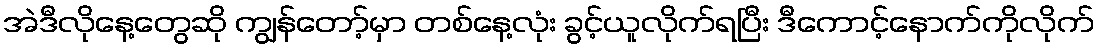
အဲဒီလိုနေ့တွေဆို ကျွန်တော့်မှာ တစ်နေ့လုံး ခွင့်ယူလိုက်ရပြီး ဒီကောင့်နောက်ကိုလိုက်